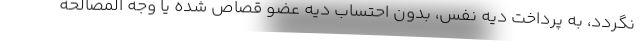
نگردد، به پرداخت دیه نفس، بدون احتساب دیه عضو قصاص شده یا وجه المصالحه